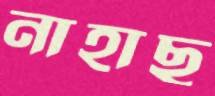
নাহাছ